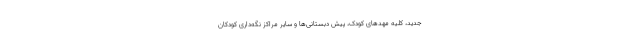
جدید، کلیه مهدهای کودک، پیش دبستانی‌ها و سایر مراکز نگه‌داری کودکان